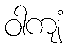
ဝါကျံ